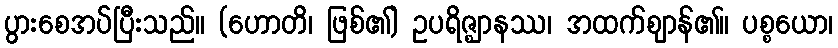
ပွားစေအပ်ပြီးသည်။ (ဟောတိ၊ ဖြစ်၏) ဥပရိဇ္ဈာနဿ၊ အထက်ဈာန်၏။ ပစ္စယော၊